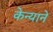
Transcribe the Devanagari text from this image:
केन्याने